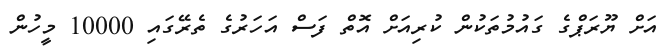
އަށް ޔޫރަޕްގެ ގައުމުތަކުން ކުރިއަށް އޮތް ފަސް އަހަރުގެ ތެރޭގައި 10000 މީހުން